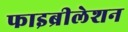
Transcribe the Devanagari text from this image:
फाइब्रीलेशन